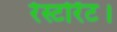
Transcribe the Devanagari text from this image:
रेस्टोरेंट।